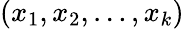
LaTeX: (x_{1},x_{2},\dots,x_{k})